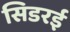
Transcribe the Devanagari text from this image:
सिडरई